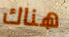
هناك